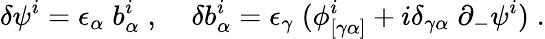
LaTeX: \delta\psi^{i}=\epsilon_{\alpha}\; b_{\alpha}^{i}\; ,\; \; \; \; \delta b_{\alpha}^{i}=\epsilon_{\gamma}\; (\phi_{[\gamma\alpha]}^{i}+i\delta_{\gamma\alpha}\; \partial_{-}\psi^{i})\; .